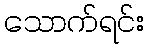
သောက်ရင်း